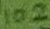
Text: 102